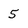
Character: 5